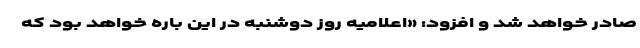
صادر خواهد شد و افزود: «اعلامیه روز دوشنبه در این باره خواهد بود که